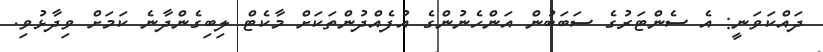
ދައްކަވަނީ: އެ ސެންޓަރުގެ ސަބަބުން އަންހެނުންގެ އުފެއްދުންތަކަށް މާކެޓް ލިބިގެންދާނެ ކަމަށް ވިދާޅުވި.